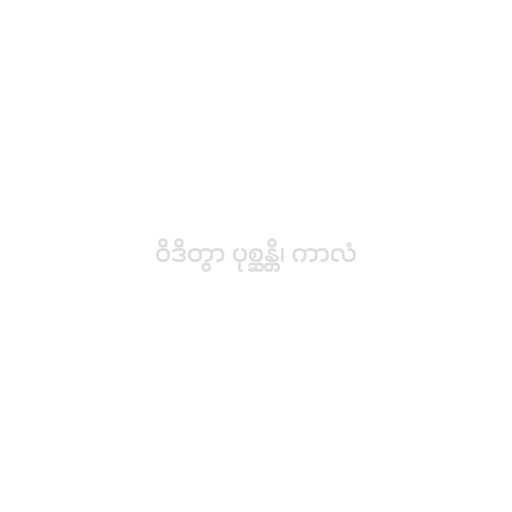
ဝိဒိတွာ ပုစ္ဆန္တိ၊ ကာလံ